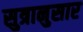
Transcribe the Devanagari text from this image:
सुत्रानुसार